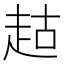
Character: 𬦉